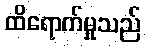
ထိရောက်မှုသည်